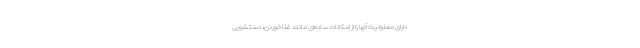
دارای معلولیت آنها را از امکانات ساده‌ای مانند غذا خوردن، دستشویی